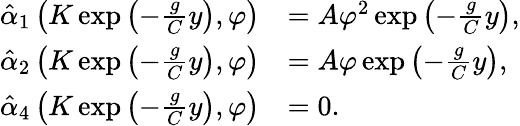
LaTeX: \begin{array}{rl}{\hat{\alpha}_{1}\left(K\exp\left(-\frac{g}{C}y\right),\varphi\right)}&{=A\varphi^{2}\exp\left(-\frac{g}{C}y\right),}\\ {\hat{\alpha}_{2}\left(K\exp\left(-\frac{g}{C}y\right),\varphi\right)}&{=A\varphi\exp\left(-\frac{g}{C}y\right),}\\ {\hat{\alpha}_{4}\left(K\exp\left(-\frac{g}{C}y\right),\varphi\right)}&{=0.}\end{array}